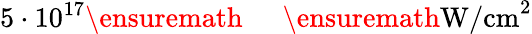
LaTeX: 5\cdot 10^{17}\ensuremath{\mathrm{~\textrm~{~\, ~}~}}\ensuremath{\mathrm{W/cm}}^{2}